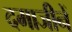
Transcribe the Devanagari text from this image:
दमाजीनें